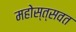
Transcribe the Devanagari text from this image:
महोस्त्सवत